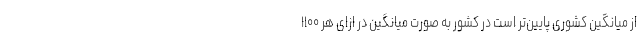
از میانگین کشوری پایین‌تر است در کشور به صورت میانگین در ازای هر ۱۱۰۰